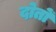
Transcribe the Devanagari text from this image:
दोतों